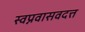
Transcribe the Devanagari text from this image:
स्वप्नवासवदत्त